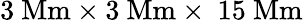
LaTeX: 3\mathrm{\ Mm}\times 3\mathrm{\ Mm}\times\ 15\mathrm{\ Mm}